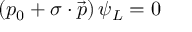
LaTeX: \left( p _ { 0 } + \sigma \cdot { \vec { p } } \right) \psi _ { L } = 0